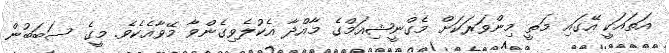
އަތައަކީ އޭގައި މަތީ މިންވަރަކަށް މެގްނީޝިއަމްގެ މާއްދާ އެކުލެވިގެންވާ މޭވާއެކެވެ. މީގެ ސަބަބުން